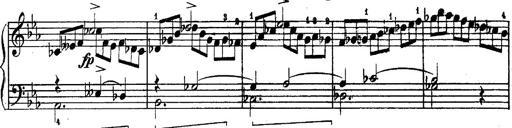
Title: Schubert's Impromptus [revised and edited by Franz Liszt]
Composer: Franz Liszt